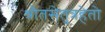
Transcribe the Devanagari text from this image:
श्रौतसेतुत्रहेतो